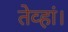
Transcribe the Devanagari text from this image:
तेव्हां।